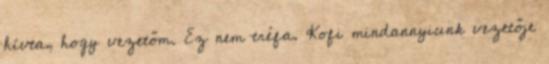
hívta, hogy vezetőm. Ez nem tréfa. Kofi mindannyiunk vezetője